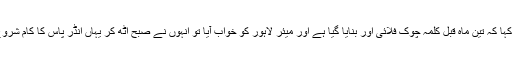
انہوں نے کہا کہ تین ماہ قبل کلمہ چوک فلائی اور بنایا گیا ہے اور میئر لاہور کو خواب آیا تو انہوں نے صبح اٹھ کر یہاں انڈر پاس کا کام شروع کرا دیا ۔